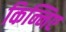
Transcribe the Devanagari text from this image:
किन्निए